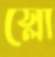
স্লো